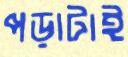
পড়াটাই